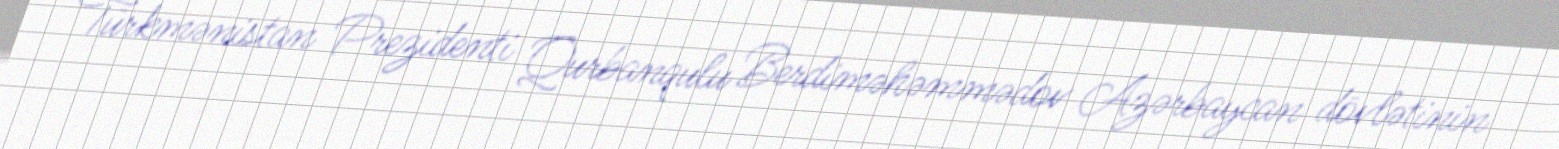
Türkmənistan Prezidenti Qurbanqulu Berdiməhəmmədov Azərbaycan dövlətinin